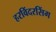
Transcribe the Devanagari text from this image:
हरविंदरसिंग